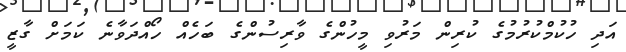
އަދި ހުކުމްކުރުމުގެ ކުރިން މަރުވި މީހުންގެ ވާރިސުންގެ ބަހެއް ހޯއްދަވާނެ ކަމަށް ގާޒީ